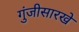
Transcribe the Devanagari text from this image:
गुंजीसारखे